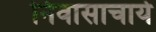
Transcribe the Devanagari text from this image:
निवासाचार्य